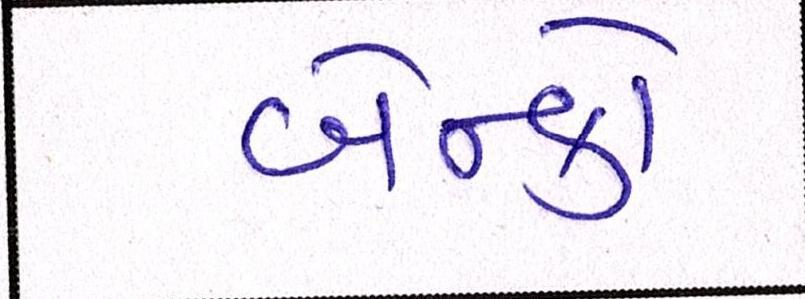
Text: બેન્કો